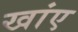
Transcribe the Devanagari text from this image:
खांए